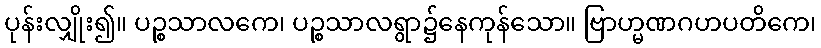
ပုန်းလျှိုး၍။ ပဉ္စသာလကေ၊ ပဉ္စသာလရွာ၌နေကုန်သော။ ဗြာဟ္မဏဂဟပတိကေ၊